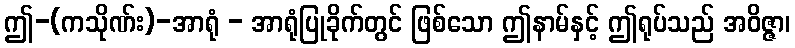
ဤ-(ကသိုဏ်း)-အာရုံ - အာရုံပြုခိုက်တွင် ဖြစ်သော ဤနာမ်နှင့် ဤရုပ်သည် အဝိဇ္ဇာ၊